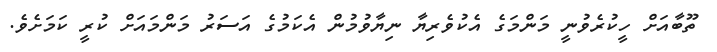
ތޫބާއަށް ހީކުރެވުނީ މަންމަގެ އެކުވެރިޔާ ނިޔާވުމުން އެކަމުގެ އަސަރު މަންމައަށް ކުރީ ކަމަށެވެ.